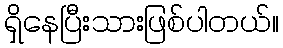
ရှိနေပြီးသားဖြစ်ပါတယ်။